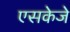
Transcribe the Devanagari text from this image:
एसकेजे